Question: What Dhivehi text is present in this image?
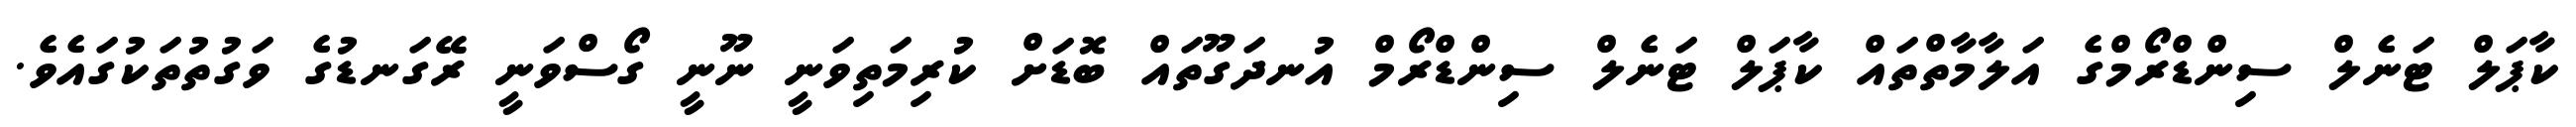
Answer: ކާޕަލް ޓަނެލް ސިންޑްރޯމްގެ އަލާމާތްތައް ކާޕަލް ޓަނެލް ސިންޑްރޯމް އުނދަގޫތައް ބޮޑަށް ކުރިމަތިވަނީ ނޫނީ ގޯސްވަނީ ރޭގަނޑުގެ ވަގުތުތަކުގައެވެ.